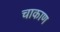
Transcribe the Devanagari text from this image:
चाकाण